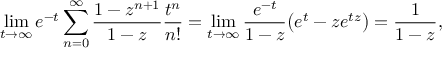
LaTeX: \operatorname* { l i m } _ { t \rightarrow \infty } e ^ { - t } \sum _ { n = 0 } ^ { \infty } { \frac { 1 - z ^ { n + 1 } } { 1 - z } } { \frac { t ^ { n } } { n ! } } = \operatorname* { l i m } _ { t \rightarrow \infty } { \frac { e ^ { - t } } { 1 - z } } { \big ( } e ^ { t } - z e ^ { t z } { \big ) } = { \frac { 1 } { 1 - z } } ,